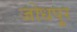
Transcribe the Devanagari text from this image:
जोधपु्र